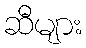
ဆီများ